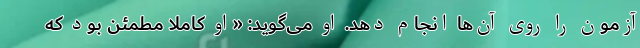
آزمون را روی آن‌ها انجام دهد. او می‌گوید: «او کاملاً مطمئن بود که